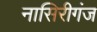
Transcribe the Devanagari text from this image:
नासिरीगंज